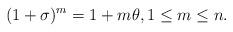
LaTeX: \begin{align*}(1+\sigma)^m=1+m\theta,1\le m\le n.\end{align*}